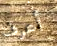
أعرف